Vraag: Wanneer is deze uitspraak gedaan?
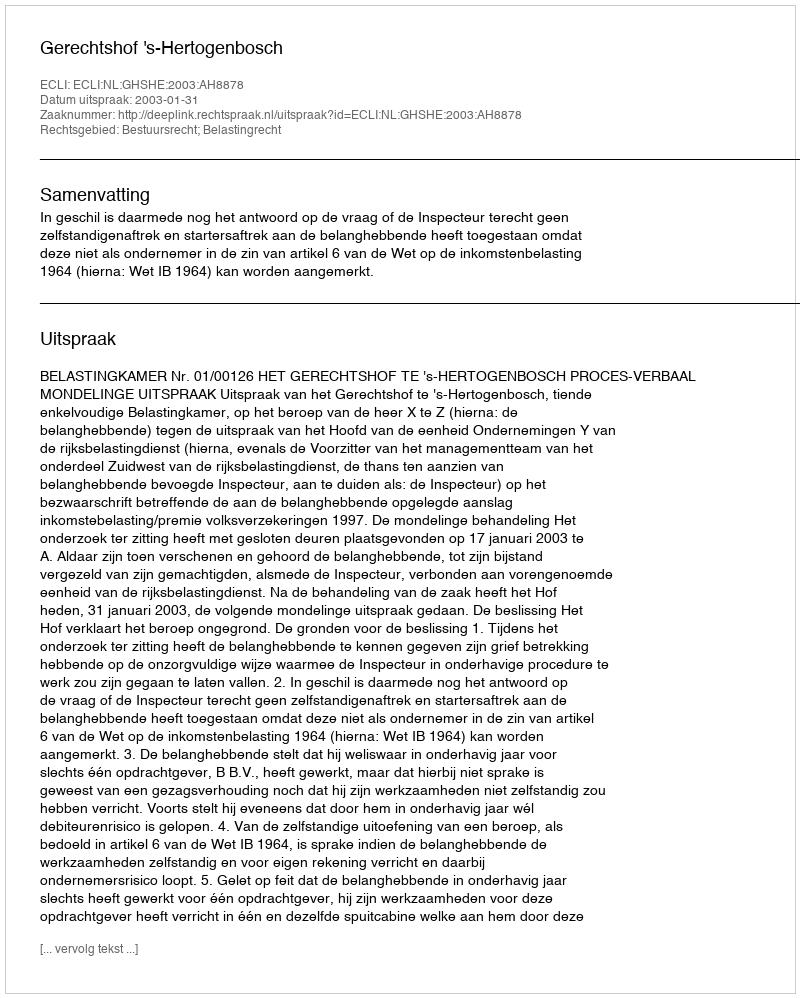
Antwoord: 2003-01-31